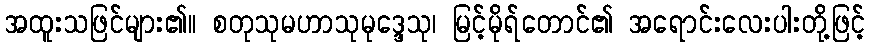
အထူးသဖြင်များ၏။ စတုသုမဟာသုမုဒ္ဒေသု၊ မြင့်မိုရ်တောင်၏ အရောင်းလေးပါးတို့ဖြင့်